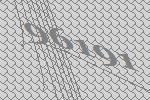
96191